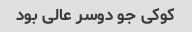
کوکی جو دوسر عالی بود